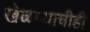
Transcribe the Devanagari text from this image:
खेळण्याचीही